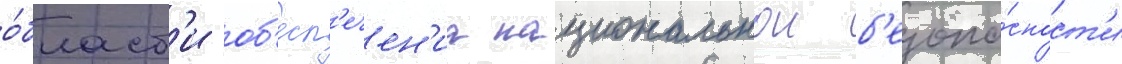
о́бласт'и об'есп'ечен'иа национальнои б'езопа́сност'и